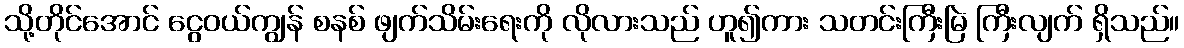
သို့တိုင်အောင် ငွေဝယ်ကျွန် စနစ် ဖျက်သိမ်းရေးကို လိုလားသည် ဟူ၍ကား သတင်းကြီးမြဲ ကြီးလျက် ရှိသည်။